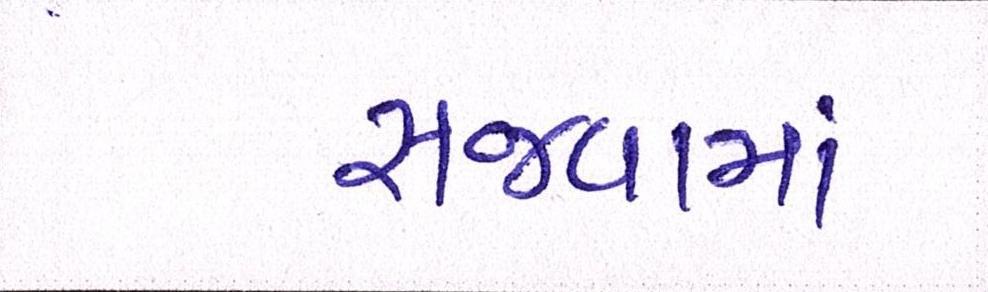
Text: સજવામાં